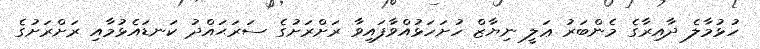
ހުޅުމާލެ ދާއިރާގެ މެންބަރު ޢަލީ ނިޔާޒް ހުށަހަޅުއްވާފައިވާ ރަށްރަށުގެ ސަރަޙައްދު ކަނޑައެޅުމާއި ރަށްރަށުގެ